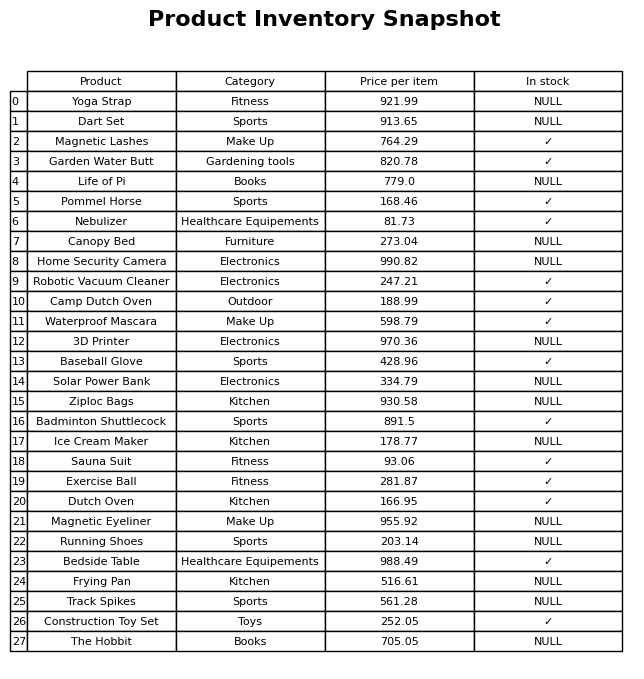
question: Is the Ice Cream Maker in stock?
answer: NULL